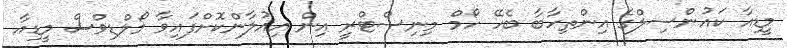
މީޑިއާ ކައުންސިލްގެ އިންތިހާބާ ބެހޭ ހޯމް މިނިސްޓްރީ އިން އިއުލާންކޮށްފައިވާ މޯލްޑިވްސް މީޑިއާ